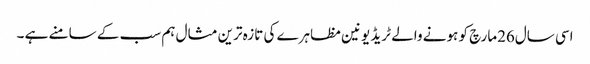
اسی سال26مارچ کو ہونے والے ٹریڈ یونین مظاہرے کی تازہ ترین مثال ہم سب کے سامنے ہے ۔